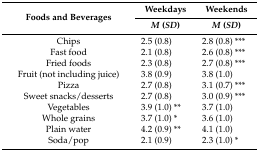
<table><thead><tr><td rowspan="2"><b>Foods and Beverages</b></td><td><b>Weekdays</b></td><td><b>Weekends</b></td></tr><tr><td><b><i>M</i> (<i>SD</i>)</b></td><td><b><i>M</i> (<i>SD</i>)</b></td></tr></thead><tbody><tr><td>Chips</td><td>2.5 (0.8)</td><td>2.8 (0.8) ***</td></tr><tr><td>Fast food</td><td>2.1 (0.8)</td><td>2.6 (0.8) ***</td></tr><tr><td>Fried foods</td><td>2.3 (0.8)</td><td>2.7 (0.8) ***</td></tr><tr><td>Fruit (not including juice)</td><td>3.8 (0.9)</td><td>3.8 (1.0)</td></tr><tr><td>Pizza</td><td>2.7 (0.8)</td><td>3.1 (0.7) ***</td></tr><tr><td>Sweet snacks/desserts</td><td>2.7 (0.8)</td><td>3.0 (0.9) ***</td></tr><tr><td>Vegetables</td><td>3.9 (1.0) **</td><td>3.7 (1.0)</td></tr><tr><td>Whole grains</td><td>3.7 (1.0) *</td><td>3.6 (1.0)</td></tr><tr><td>Plain water</td><td>4.2 (0.9) **</td><td>4.1 (1.0)</td></tr><tr><td>Soda/pop</td><td>2.1 (0.9)</td><td>2.3 (1.0) * </td></tr></tbody></table>